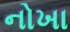
નોખા